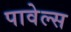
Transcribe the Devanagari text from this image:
पावेल्स